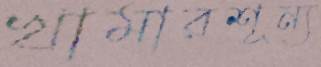
খামারশূন্য